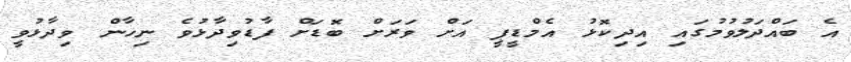
އެ ބައްދަލުވުމުގައި އިދިކޮޅު އެމްޑީޕީ އަށް ވަރަށް ބޮޑަށް ފާޑުވިދާޅުވެ ނިހާން ވިދާޅުވީ